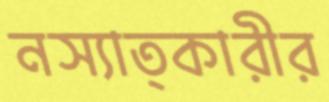
নস্যাত্কারীর